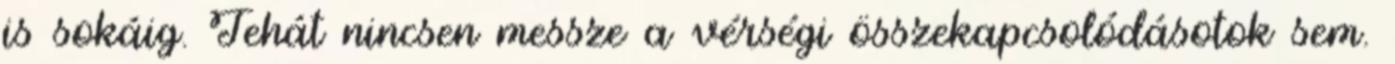
is sokáig. Tehát nincsen messze a vérségi összekapcsolódásotok sem.